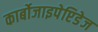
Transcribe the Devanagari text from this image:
कार्बोजाइपेप्टिडेज